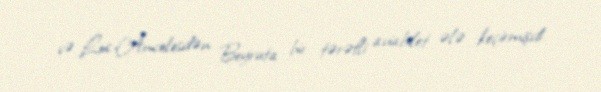
və Los-Ancelesdən Beyruta bir tərəfli aviabilet ələ keçirmişdi.